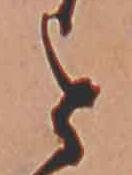
を